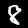
Digit: 8